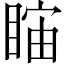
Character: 𥇻